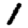
Digit: 1